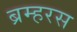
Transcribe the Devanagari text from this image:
ब्रम्हरस